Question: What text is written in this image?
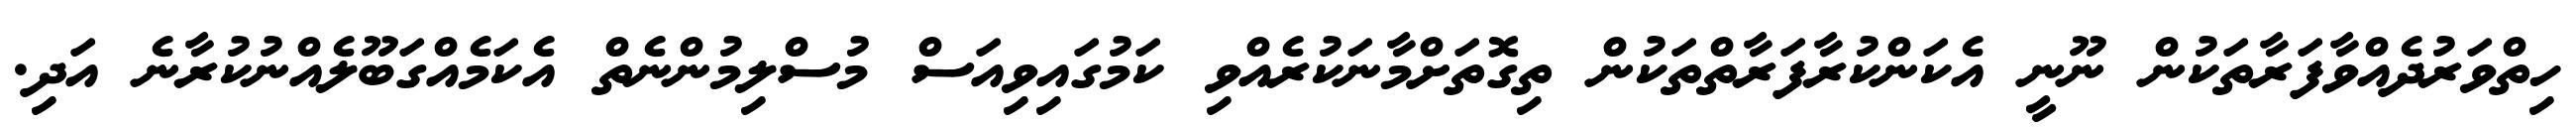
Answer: ހިތްވަރުދެއްވާފަރާތަކުން ނޫނީ އެކަންކުރާފަރާތްތަކުން ތިގޮތަށްމާނަކުރެއްވި ކަމުގައިވިއަސް މުސްލިމުންނެތް އެކަމެއްގަބޫލެއްނުކުރާނެ އަދި.